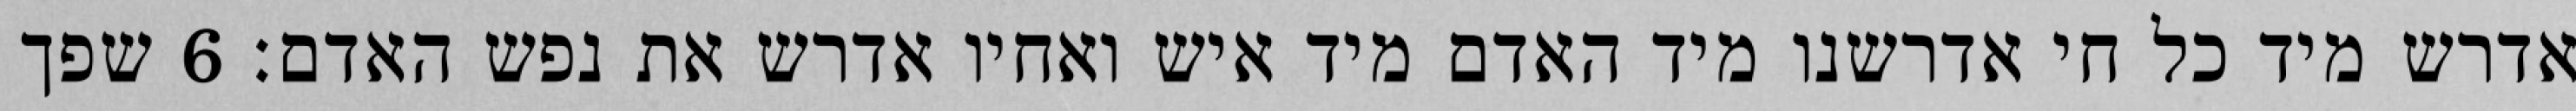
אדרש מיד כל חי אדרשנו מיד האדם מיד איש ואחיו אדרש את נפש האדם׃ ‎6‏ שפך